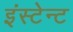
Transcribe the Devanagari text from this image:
इंस्टेन्ट